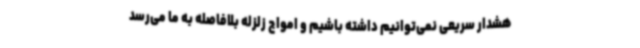
هشدار سریعی نمی‌توانیم داشته باشیم و امواج زلزله بلافاصله به ما می‌رسد